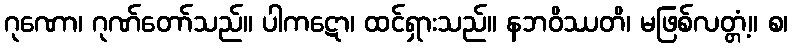
ဂုဏော၊ ဂုဏ်တော်သည်။ ပါကဋော၊ ထင်ရှားသည်။ နဘဝိဿတိ၊ မဖြစ်လတ္တံ့။ စ၊